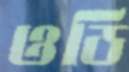
ওডি